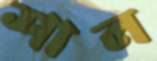
শাল